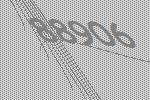
88906